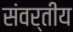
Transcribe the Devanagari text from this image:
संवर्तीय